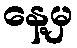
နေ့မှ